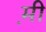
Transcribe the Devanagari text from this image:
म़ी